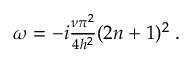
\begin{array} { r } { \omega = - i \frac { \nu \pi ^ { 2 } } { 4 h ^ { 2 } } ( 2 n + 1 ) ^ { 2 } \; . } \end{array}